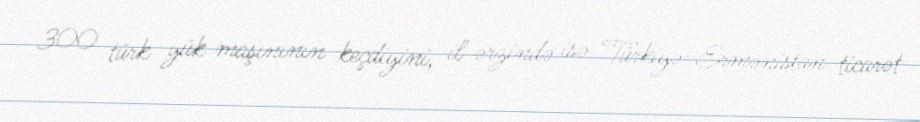
300 türk yük maşınının keçdiyini, il ərzində isə Türkiyə-Ermənistan ticarət